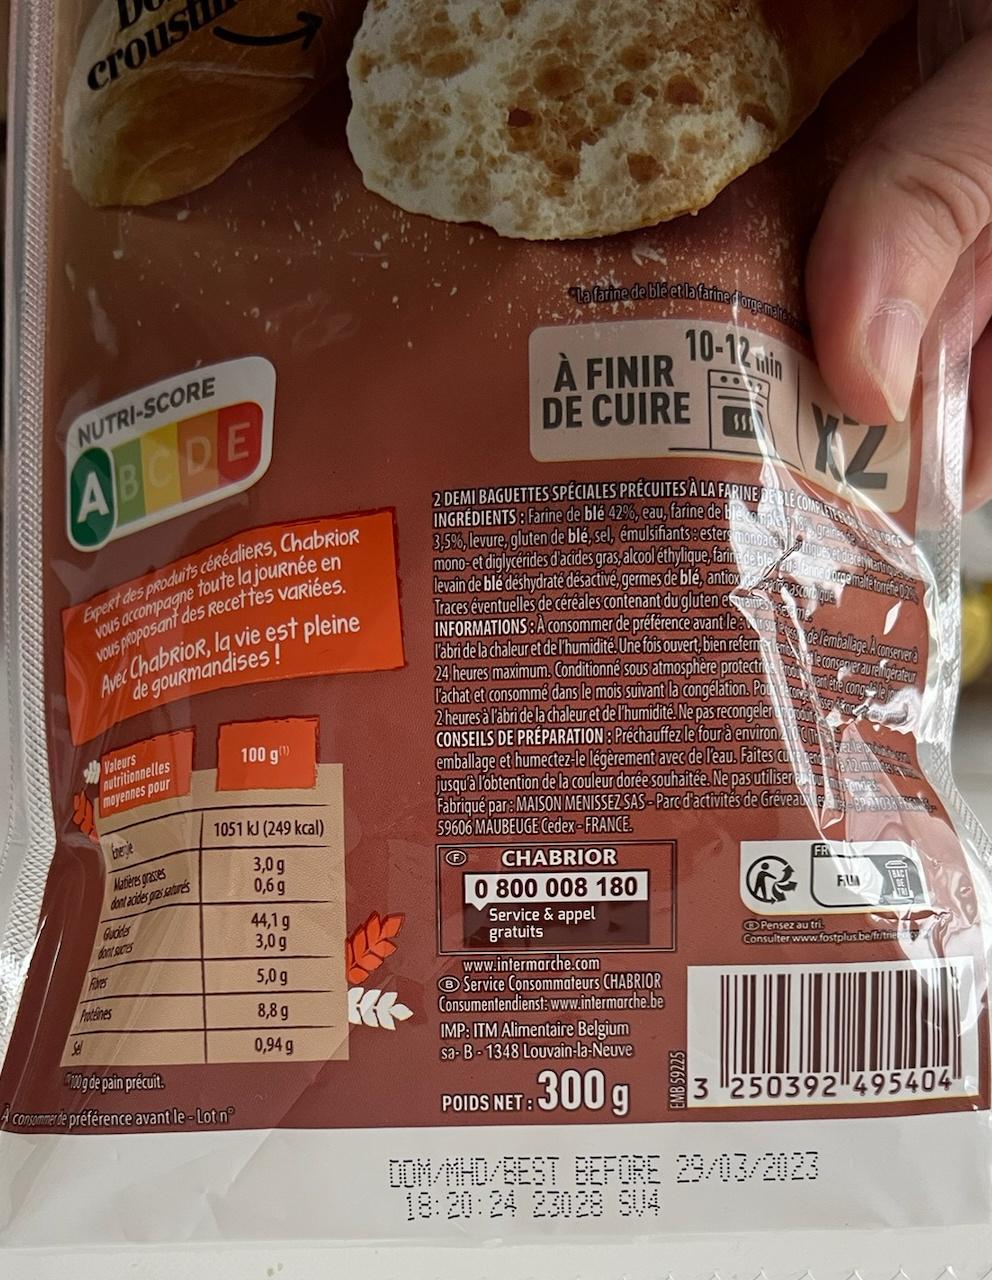
croust
NUTRI-SCORE
A
ABCDE
Expert des produits céréaliers, ChabrioR vous accompagne toute la journée en vous proposant des Recettes variées. Avec Chabrior, la vie est pleine
de gourmandises!
Valeurs nutritionnelles moyennes pour
Matières grasses dont acides gras saturés
Gudde
dont sucres
Fares
Proteines
100 g(¹)
1051 kJ (249 kcal)
3,0g
0,6 g
Sel
100g de pain précuit.
A consommer de préférence avant le-Lot nº
44,1 g
3,0g
5,0 g
8,8 g
0,94 g
K
La farine de ble et la farine d'orge mate
www
1962
10-12 min
À FINIR DE CUIRE
KZ
graines de
2 DEMI BAGUETTES SPÉCIALES PRECUITES A LA FARINE DEBLE COMPLESS 3,5%, levure, gluten de blé, sel, émulsifiants: esters monoacetiques et decer Martig mono-et diglycérides d'acides gras, alcool éthylique, farine de blete farine dorge malte tonehe 02%
INGRÉDIENTS: Farine de blé 42%, eau, farine de ble
levain de blé déshydraté désactivé, germes de blé, antiox Traces éventuelles de céréales contenant du gluten es INFORMATIONS: A consommer de préférence avant lea l'abri de la chaleur et de l'humidité. Une fois ouvert, bien referme 24 heures maximum. Conditionné sous atmosphère protectrice l'achat et consommé dans le mois suivant la congélation. Pou 2 heures à l'abri de la chaleur et de l'humidité. Ne pas recongeler CONSEILS DE PRÉPARATION : Préchauffez le four à environ emballage et humectez-le légèrement avec de l'eau. Faites curele jusqu'à l'obtention de la couleur dorée souhaitée. Ne pas utiliser und Fabriqué par: MAISON MENISSEZ SAS-Parc d'activités de Gréveau-BP 21038 F 59606 MAUBEUGE Cedex-FRANCE.
22 mm 235
F
CHABRIOR
0 800 008 180
Service & appel gratuits
www.intermarche.com
Service Consommateurs CHABRIOR Consumentendienst: www.intermarche.be
POIDS NET B
IMP: ITM Alimentaire Belgium sa-B-1348 Louvain-la-Neuve
300g
de Temballage A conserver à elle conserver au reingerateur Mentebe congelle
SSEDECOR
FUA
DE
Pensez au tri
Consulter www.fostplus.be/fr/trie
DOM/MHD/BEST BEFORE 29/03/2023 18:20:24 23028 904
250392 495404